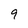
Character: 9